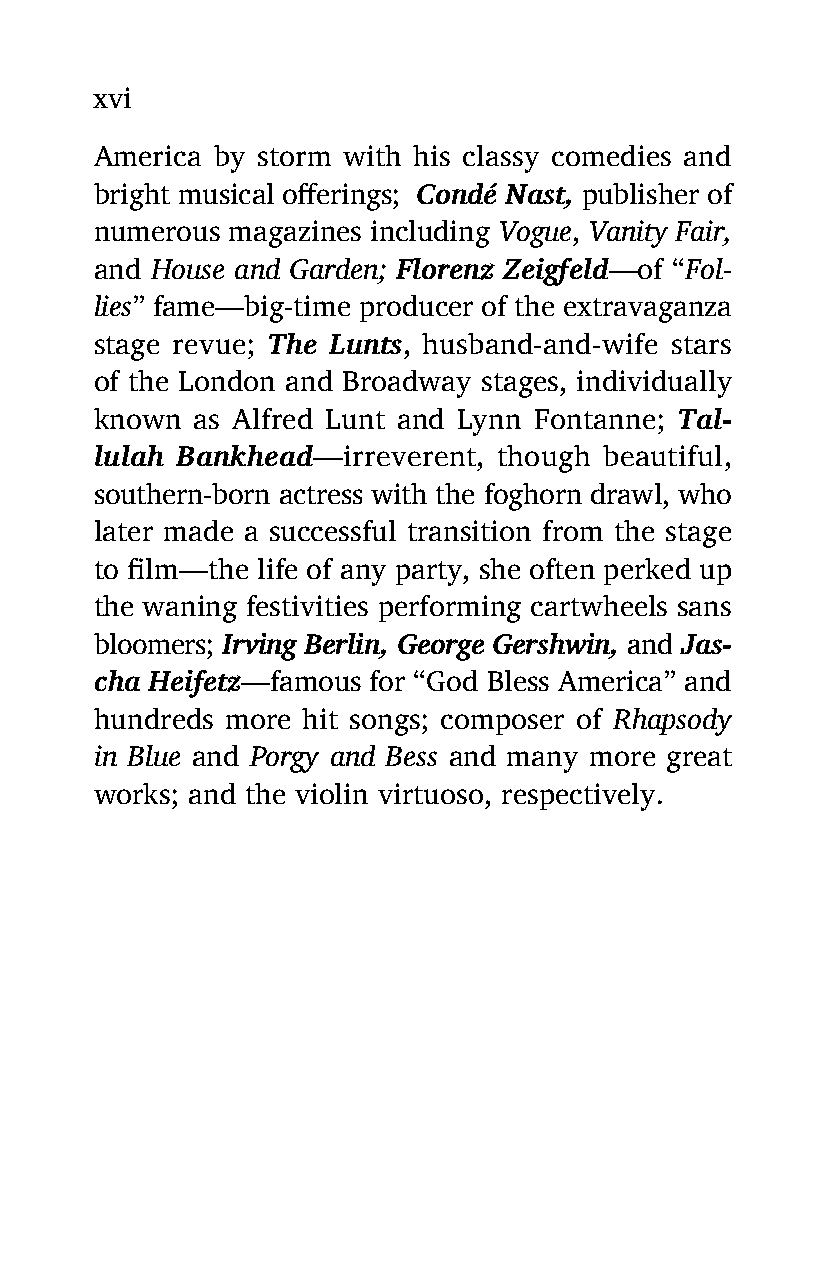
xvi
 America by storm with his classy comedies and
 bright musical offerings; Condé Nast, publisher of
 numerous magazines including Vogue, Vanity Fair,
 and House and Garden; Florenz Zeigfeld—of “Fol-
 lies” fame—big-time producer of the extravaganza
 stage revue; The Lunts, husband-and-wife stars
 of the London and Broadway stages, individually
 known  as Alfred Lunt and Lynn Fontanne; Tal-
 lulah Bankhead—irreverent, though beautiful,
 southern-born actress with the foghorn drawl, who
 later made a successful transition from the stage
 to film—the life of any party, she often perked up
 the waning festivities performing cartwheels sans
 bloomers; Irving Berlin, George Gershwin, and Jas-
 cha Heifetz—famous for “God Bless America” and
 hundreds more hit songs; composer of Rhapsody
 in Blue and Porgy and Bess and many more great
 works; and the violin virtuoso, respectively.